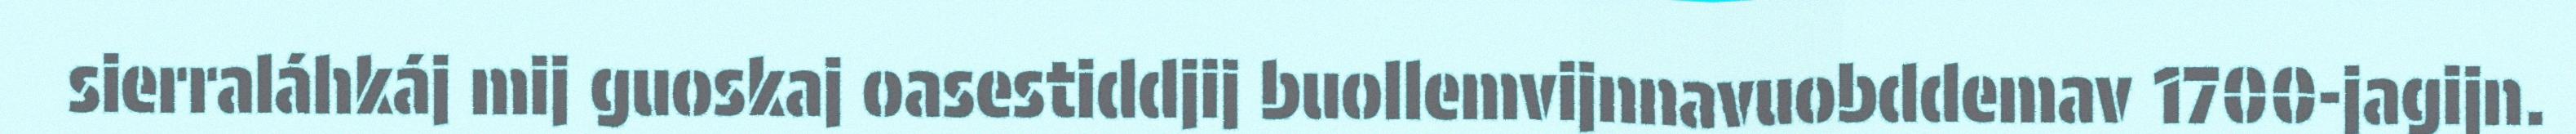
sierraláhkáj mij guoskaj oasestiddjij buollemvijnnavuobddemav 1700-jagijn.